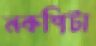
নকশিটা